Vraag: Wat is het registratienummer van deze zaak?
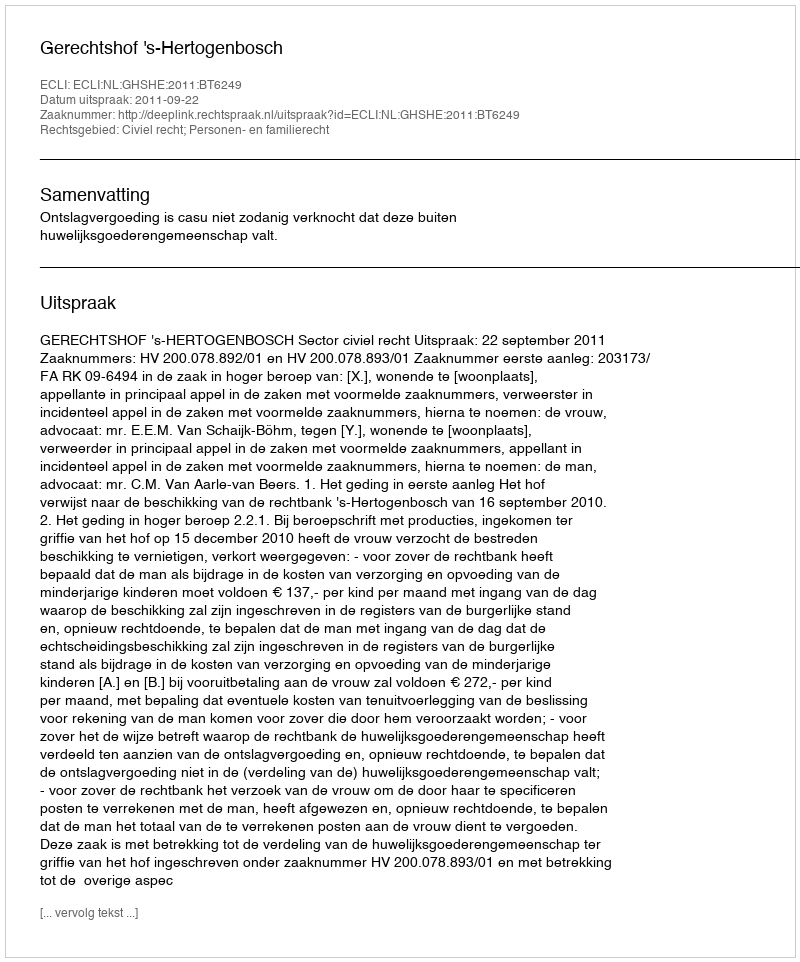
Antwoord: http://deeplink.rechtspraak.nl/uitspraak?id=ECLI:NL:GHSHE:2011:BT6249